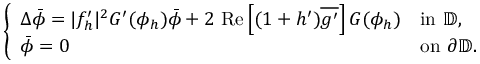
\begin{array} { r } { \left\{ \begin{array} { l l } { \Delta \bar { \phi } = | f _ { h } ^ { \prime } | ^ { 2 } G ^ { \prime } ( \phi _ { h } ) \bar { \phi } + 2 \mathrm { \normalfont ~ R e } \left[ ( 1 + h ^ { \prime } ) \overline { { g ^ { \prime } } } \right] G ( \phi _ { h } ) } & { \mathrm { i n ~ } \mathbb { D } , } \\ { \bar { \phi } = 0 } & { \mathrm { o n ~ } \partial \mathbb { D } . } \end{array} \right. } \end{array}